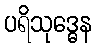
ပရိသုဒ္ဓေန